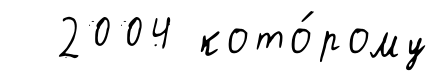
2004 кото́рому